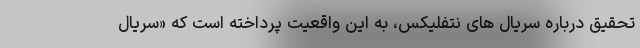
تحقیق درباره سریال های نتفلیکس، به این واقعیت پرداخته است که «سریال